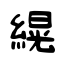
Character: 縨